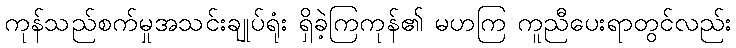
ကုန်သည်စက်မှုအသင်းချုပ်ရုံး ရှိခဲ့ကြကုန်၏ မဟကြ ကူညီပေးရာတွင်လည်း